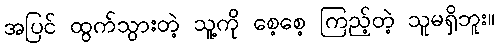
အပြင် ထွက်သွားတဲ့ သူ့ကို စေ့စေ့ ကြည့်တဲ့ သူမရှိဘူး။